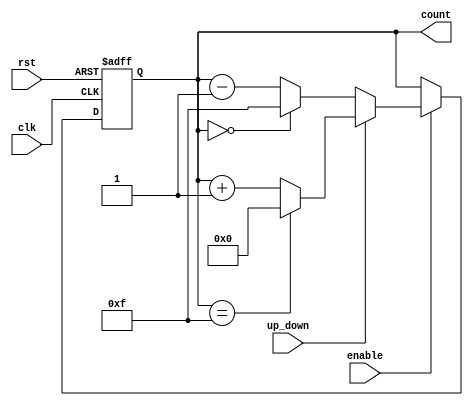
module UpDownCounter #(
    parameter WIDTH = 4 // Parameter to define the width of the counter
)(
    input wire clk,          // Clock signal
    input wire rst,          // Asynchronous reset signal
    input wire up_down,      // Control signal for counting direction
    input wire enable,       // Enable signal for counting
    output reg [WIDTH-1:0] count // Current count value
);

// Always block for synchronous logic
always @(posedge clk or posedge rst) begin
    if (rst) begin
        count <= 0; // Reset the counter to zero
    end else if (enable) begin
        if (up_down) begin
            // Count up
            if (count == (1 << WIDTH) - 1) begin
                count <= 0; // Wrap around to 0 on overflow
            end else begin
                count <= count + 1; // Increment the count
            end
        end else begin
            // Count down
            if (count == 0) begin
                count <= (1 << WIDTH) - 1; // Wrap around to max value on underflow
            end else begin
                count <= count - 1; // Decrement the count
            end
        end
    end
end

endmodule